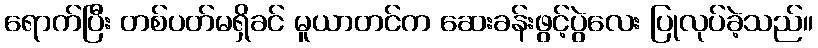
ရောက်ပြီး တစ်ပတ်မရှိခင် မူယာတင်က ဆေးခန်းဖွင့်ပွဲလေး ပြုလုပ်ခဲ့သည်။